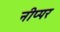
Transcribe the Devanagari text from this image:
नीप्पर